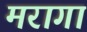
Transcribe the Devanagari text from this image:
मरागा